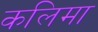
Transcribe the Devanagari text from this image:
कलिमा